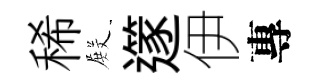
稀𭮺𨗹伊專